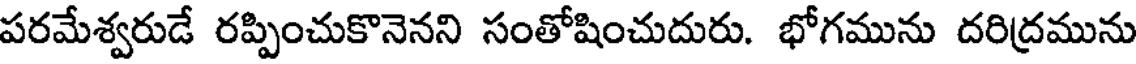
పరమేశ్వరుడే రప్పించుకొనెనని సంతోషించుదురు. భోగమును దరిద్రమును